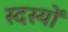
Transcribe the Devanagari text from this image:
स्दस्यों